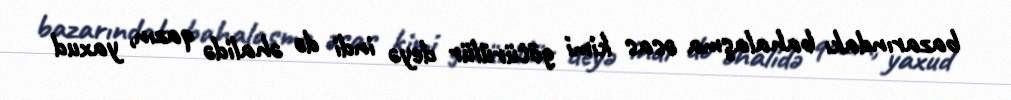
bazarındakı bahalaşma əsas kimi götürülür deyə indi də əhalidə qazın, yaxud